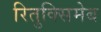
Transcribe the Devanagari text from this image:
रितुक्सिमेब